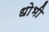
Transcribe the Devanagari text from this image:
धोभी